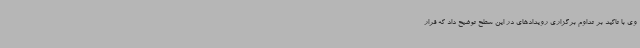
وی با تاکید بر تداوم برگزاری رویدادهای در این سطح توضیح داد که قرار